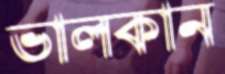
ভালকান